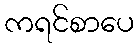
ကရင်စာပေ